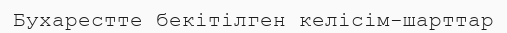
Бухарестте бекітілген келісім-шарттар